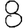
Digit: 8